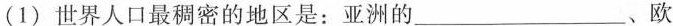
(1)世界人口最稠密的地区是：亚洲的___、欧